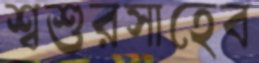
শ্বশুরসাহেব